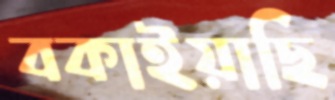
বকাইয়াছি